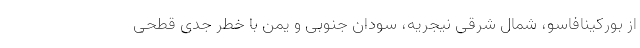
از بورکینافاسو، شمال شرقی نیجریه، سودان جنوبی و یمن با خطر جدی قطحی